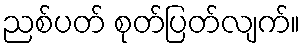
ညစ်ပတ် စုတ်ပြတ်လျက်။